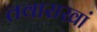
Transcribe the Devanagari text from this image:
तवाराखां